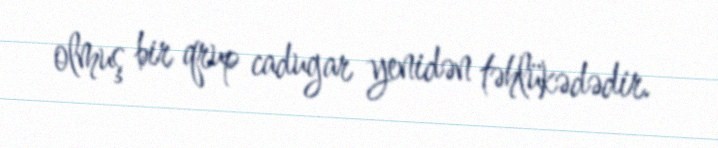
olmuş bir qrup cadugar yenidən təhlükədədir.